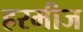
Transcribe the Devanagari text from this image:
हरमीज